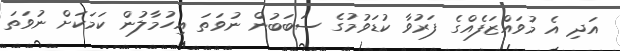
އަދި އެ މުވައްޒަފެއްގެ ފަރުވާ ކުޑަވުމުގެ ސަބަބުން ނުވަތަ އިހުމާލުން ކަމަކަށް ނުވަތަ